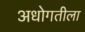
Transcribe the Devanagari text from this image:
अधोगतीला